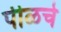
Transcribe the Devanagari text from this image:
पीळचे